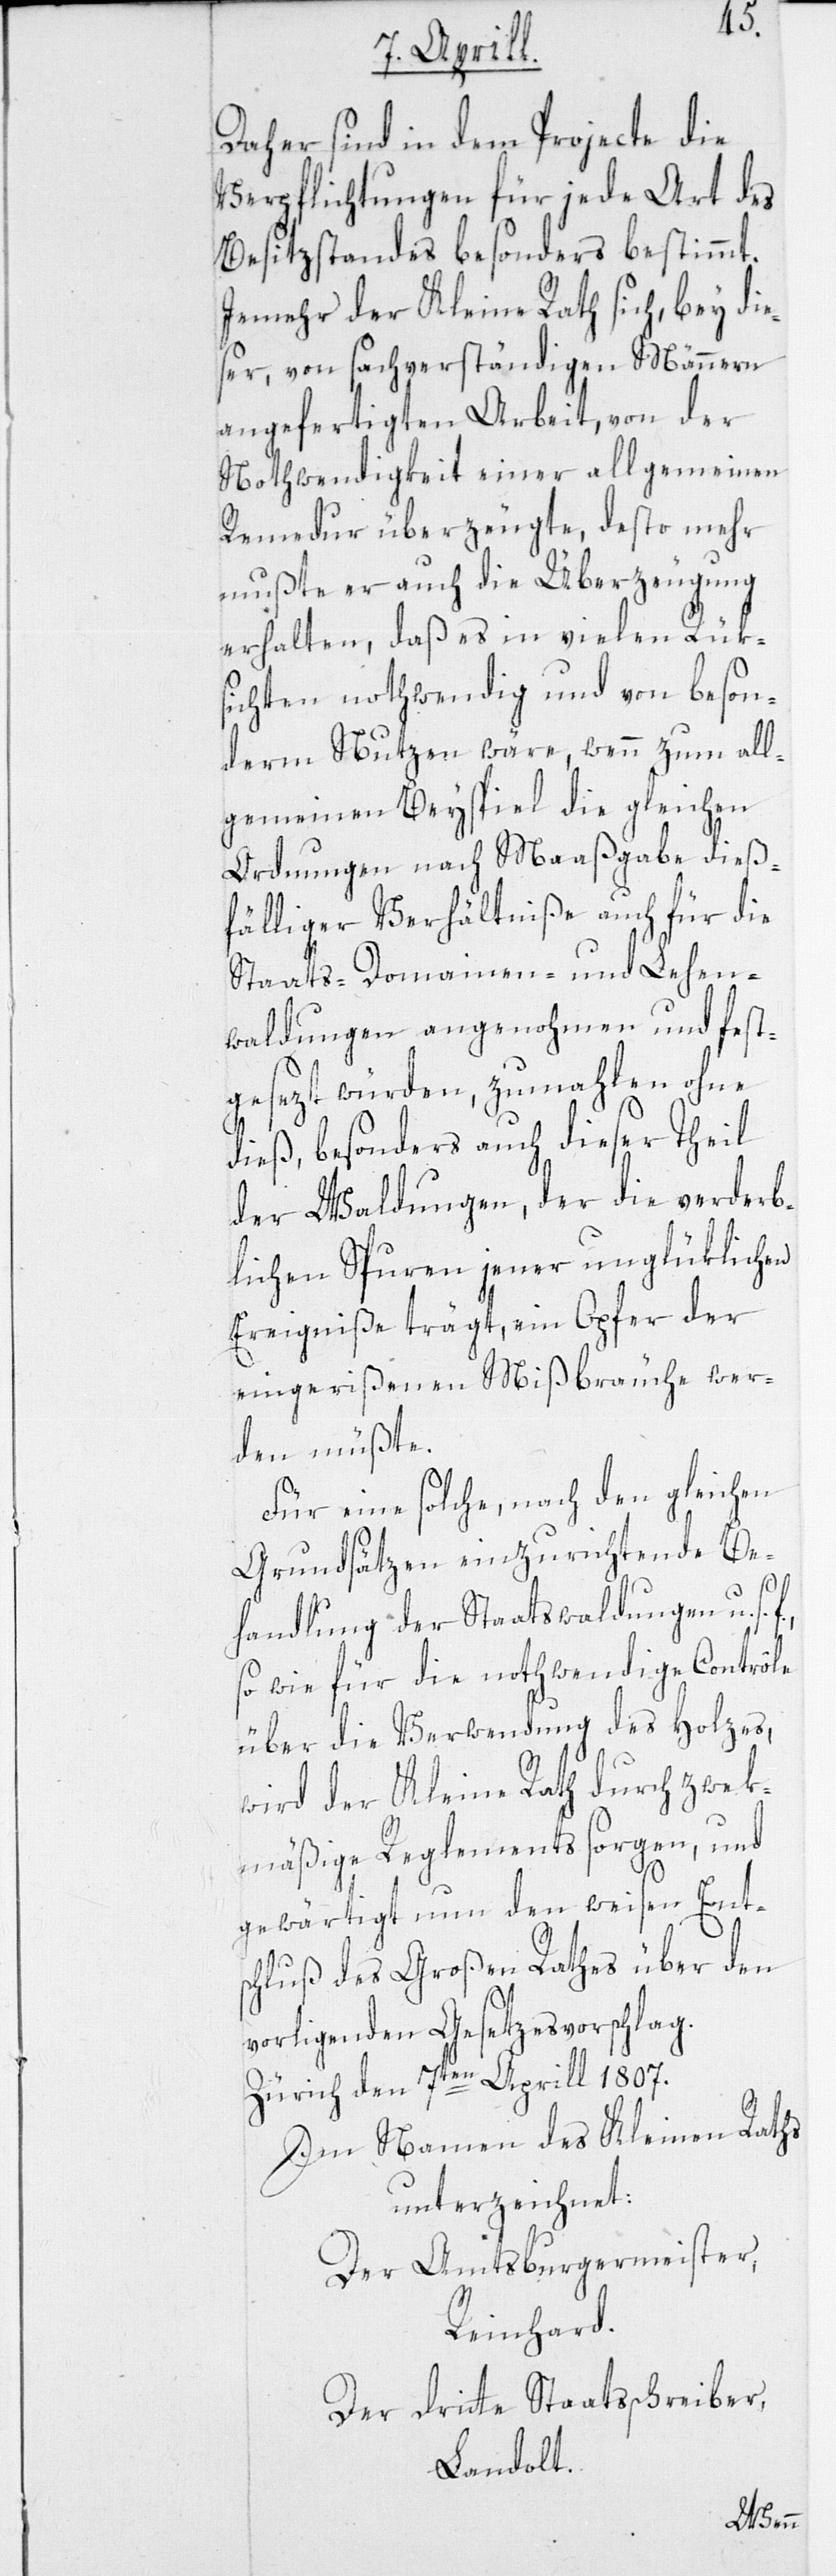
Daher sind in dem Projecte die
Verpflichtungen für jede Art des
Besitzstandes besonders bestimmt.
Jemehr der Kleine Rath sich, bey die¬
ser, von sachverständigen Männern
angefertigten Arbeit, von der
Nothwendigkeit einer allgemeinen
Remedur überzeugte, desto mehr
mußte er auch die Überzeugung
erhalten, daß es in vielen Rüks¬
ichten nothwendig und von beson¬
derm Nutzen wäre, wenn zum all¬
gemeinen Beyspiel die gleichen
Ordnungen nach Maaßgabe dieß¬
fälliger Verhältniße auch für die
Staats-Domainen- und Lehen¬
waldungen angenohmen und fest¬
gesezt würden, zumahlen ohne
dieß, besonders auch dieser Theil
der Waldungen, der die verderb¬
lichen Spuren jener unglüklichen
Ereigniße trägt, ein Opfer der
eingerißenen Mißbräuche wer¬
den müßte.
Für eine solche, nach den gleichen
Grundsätzen einzurichtende Be¬
handlung der Staatswaldungen u. s.
so wie für die nothwendige Contrôle
über die Verwendung des Holzes,
wird der Kleine Rath durch zwek¬
mäßige Reglements sorgen, und
gewärtigt nun den weisen Ent¬
schluß des Großen Rathes über den
vorligenden Gesetzesvorschlag.
Zürich, den 7ten Aprill 1807.
Im Namen des Kleinen Raths
unterzeichnet:
Der Amtsburgermeister,
Reinhard.
Der dritte Staatsschreiber,
Landolt.